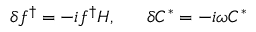
\delta f ^ { \dag } = - i f ^ { \dag } H , ~ ~ ~ ~ ~ \delta C ^ { * } = - i \omega C ^ { * }